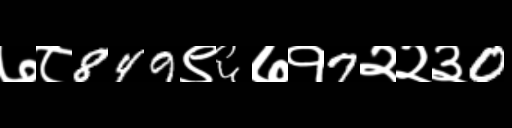
Text: ७८849९६७१7२२३0